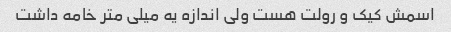
اسمش کیک و رولت هست ولی اندازه یه میلی متر خامه داشت